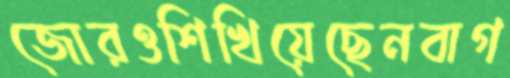
জোরওশিখিয়েছেনবাগ